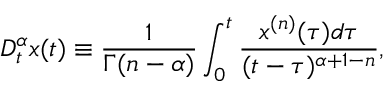
D _ { t } ^ { \alpha } x ( t ) \equiv \frac { 1 } { \Gamma ( n - \alpha ) } \int _ { 0 } ^ { t } \frac { x ^ { ( n ) } ( \tau ) d \tau } { ( t - \tau ) ^ { \alpha + 1 - n } } ,